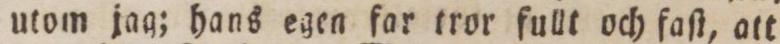
utom jag; hans egen far tror fullt och faſt, att